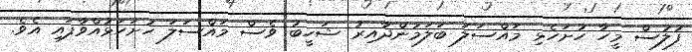
ފުލުސް މީހާ ހުށަހެޅި މައްސަލަ ބަލަމުންދާއިރު ޝަހީބު ވެސް މައްސަލަ ހުށަހަޅުއްވާފައި އެވެ.